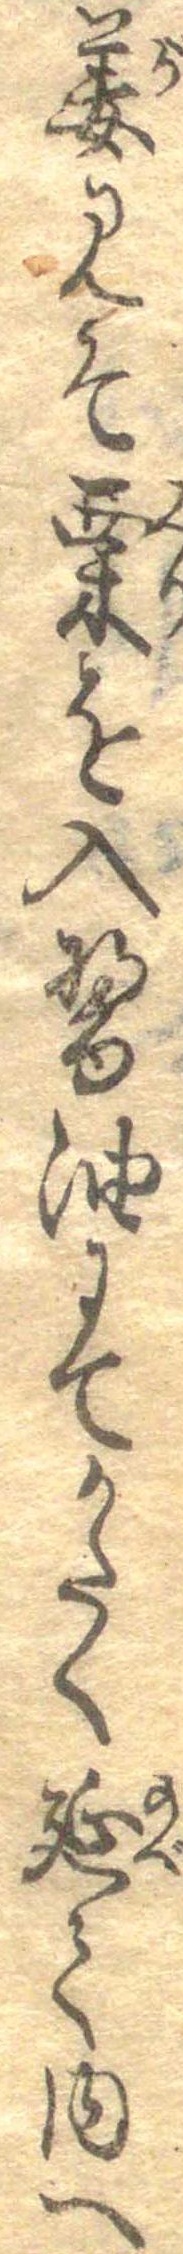
姜みそ栗を入醤油にてかたく延て内へ